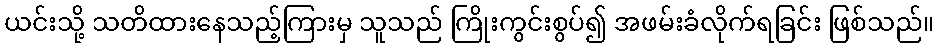
ယင်းသို့ သတိထားနေသည့်ကြားမှ သူသည် ကြိုးကွင်းစွပ်၍ အဖမ်းခံလိုက်ရခြင်း ဖြစ်သည်။